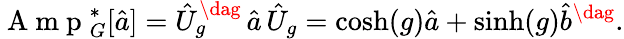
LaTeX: \mathrm{~A~m~p~}_{G}^{*}[\hat{a}]=\hat{U}_{g}^{\dag}\, \hat{a}\, \hat{U}_{g}=\cosh(g)\hat{a}+\sinh(g)\hat{b}^{\dag}.